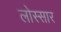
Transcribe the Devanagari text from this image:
लोस्सार